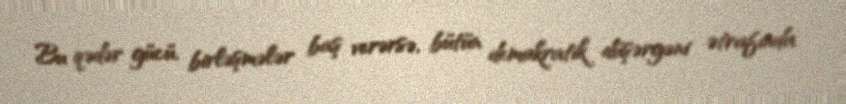
Bu qədər gücü, birləşmələr baş verərsə, bütün demokratik düşərgəni ətrafında